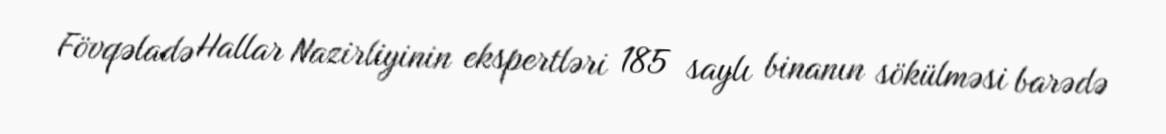
Fövqəladə Hallar Nazirliyinin ekspertləri 185 saylı binanın sökülməsi barədə